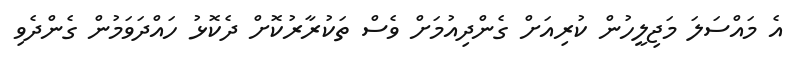
އެ މައްސަލަ މަޖިލީހުން ކުރިއަށް ގެންދިއުމަށް ވެސް ތަކުރާރުކޮށް ދެކޮޅު ހައްދަވަމުން ގެންދެވި